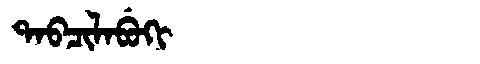
Manchu: ᡨᠠᠪᠴᡳᠯᠠᠪᡠᡴᡳ
Romanization: TABCILABUKI